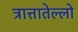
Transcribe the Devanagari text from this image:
त्रात्तातेल्लो